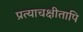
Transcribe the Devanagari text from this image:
प्रत्याचक्षीतापि